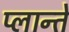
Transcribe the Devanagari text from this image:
प्लान्ते